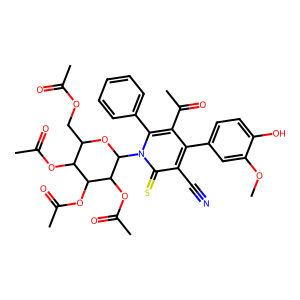
SMILES: COc1cc(-c2c(C(C)=O)c(-c3ccccc3)n(C3OC(COC(C)=O)C(OC(C)=O)C(OC(C)=O)C3OC(C)=O)c(=S)c2C#N)ccc1O
Inhibits HIV replication: No